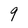
Character: 9